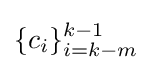
\{c_{i}\}_{i=k-m}^{k-1}